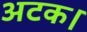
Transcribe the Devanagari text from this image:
अटक।